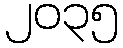
၂၀၃၅